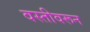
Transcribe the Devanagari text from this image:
वस्तीवरून